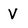
Character: V